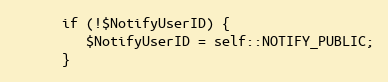
Language: PHP
      if (!$NotifyUserID) {
         $NotifyUserID = self::NOTIFY_PUBLIC;
      }